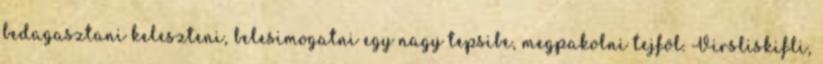
bedagasztani keleszteni, belesimogatni egy nagy tepsibe, megpakolni tejföl. Virsliskifli,